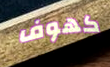
كهوف